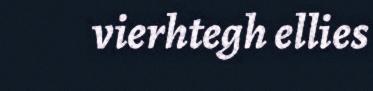
vierhtegh ellies